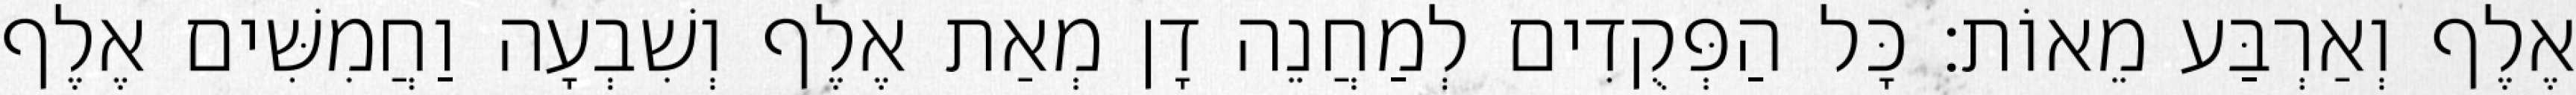
אֶלֶף וְאַרְבַּע מֵאוֹת׃ כָּל הַפְּקֻדִים לְמַחֲנֵה דָן מְאַת אֶלֶף וְשִׁבְעָה וַחֲמִשִּׁים אֶלֶף